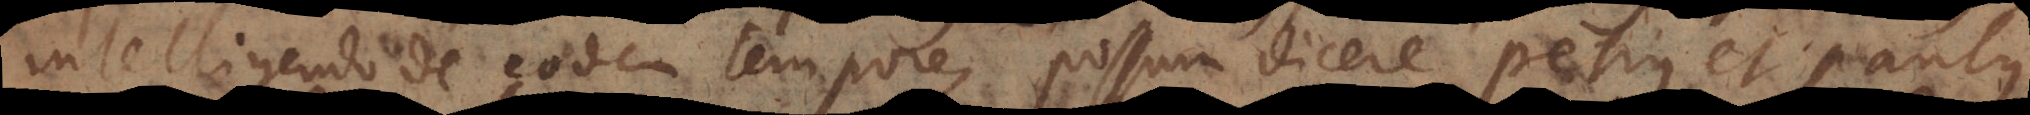
intelligendo de eodem tempore, possum dicere Petrus et Paulus